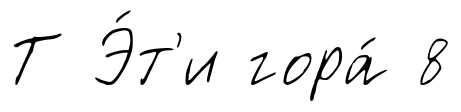
Т Э́т'и гора́ 8